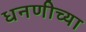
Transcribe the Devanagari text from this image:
धनणीच्या